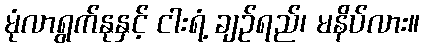
မုံလာရွက်နုနှင့် ငါးရံ့ ချဉ်ရည်၊ မနိပ်လား။